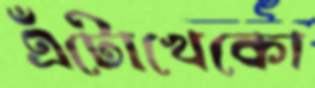
এঁটোখেকো